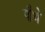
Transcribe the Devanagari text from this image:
पौथे